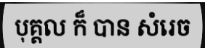
បុគ្គល ក៏ បាន សំរេច